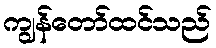
ကျွန်တော်ထင်သည်